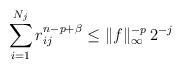
LaTeX: \begin{align*}\sum_{i=1}^{N_j} r_{ij}^{n-p+\beta} \leq \|f\|_\infty^{-p}\, 2^{-j}\end{align*}